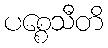
ပစ္စေသီတိ